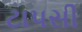
ટાપસી